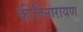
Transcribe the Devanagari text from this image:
कीतिनारायण